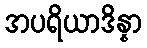
အပရိယာဒိန္နာ